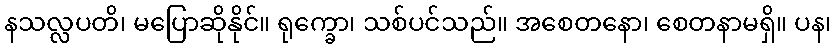
နသလ္လပတိ၊ မပြောဆိုနိုင်။ ရုက္ခော၊ သစ်ပင်သည်။ အစေတနော၊ စေတနာမရှိ။ ပန၊